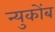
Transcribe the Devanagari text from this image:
न्युकोंब